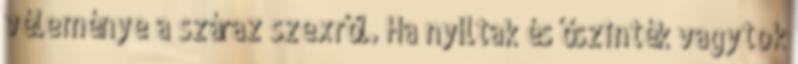
véleménye a száraz szexről. Ha nyíltak és őszinték vagytok